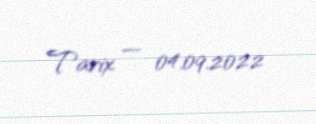
Tarix — 04.09.2022